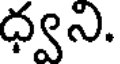
ధ్వని.